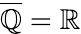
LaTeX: {\overline{{\mathbb{Q}}}}=\mathbb{R}